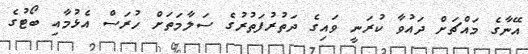
އޭނާގެ މައްޗަށް ދައުވާ ކުރަނީ ވައިގެ ދަތުރުފަތުރުގެ ސަލާމަތަށް ހުރަސް އެޅުމާއި ބޯޓުގެ